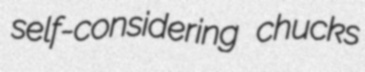
self-considering chucks